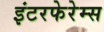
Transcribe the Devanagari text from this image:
इंटरफेरेम्स